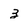
Character: 3